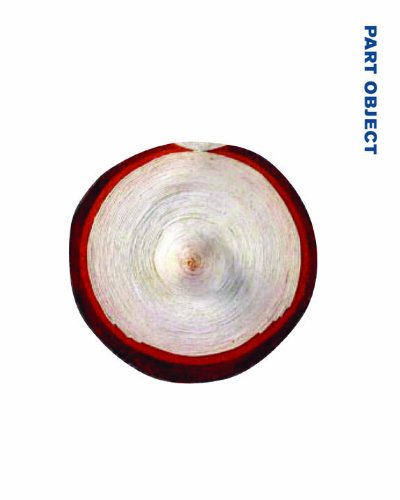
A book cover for Part Object Part Sculpture; Arts & Photography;